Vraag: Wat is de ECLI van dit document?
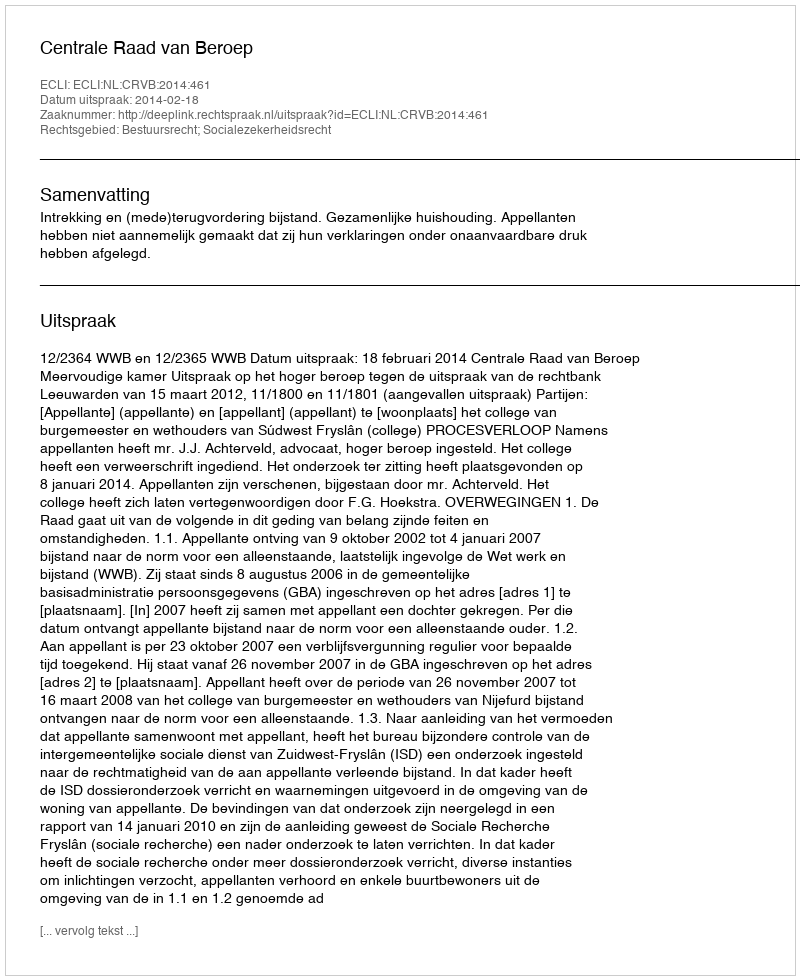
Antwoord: ECLI:NL:CRVB:2014:461